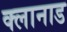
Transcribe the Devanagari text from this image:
क्लानाड